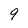
Character: 9